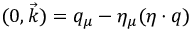
( 0 , \vec { k } ) = q _ { \mu } - \eta _ { \mu } ( \eta \cdot q )